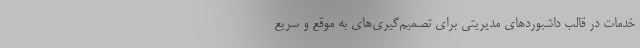
خدمات در قالب داشبوردهای مدیریتی برای تصمیم‌گیری‌های به موقع و سریع